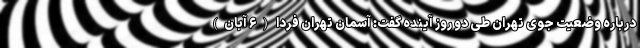
درباره وضعیت جوی تهران طی دو روز آینده گفت: آسمان تهران فردا (۶ آبان)